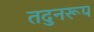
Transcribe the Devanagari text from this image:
तदुनरूप